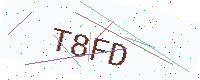
Text: T8FD